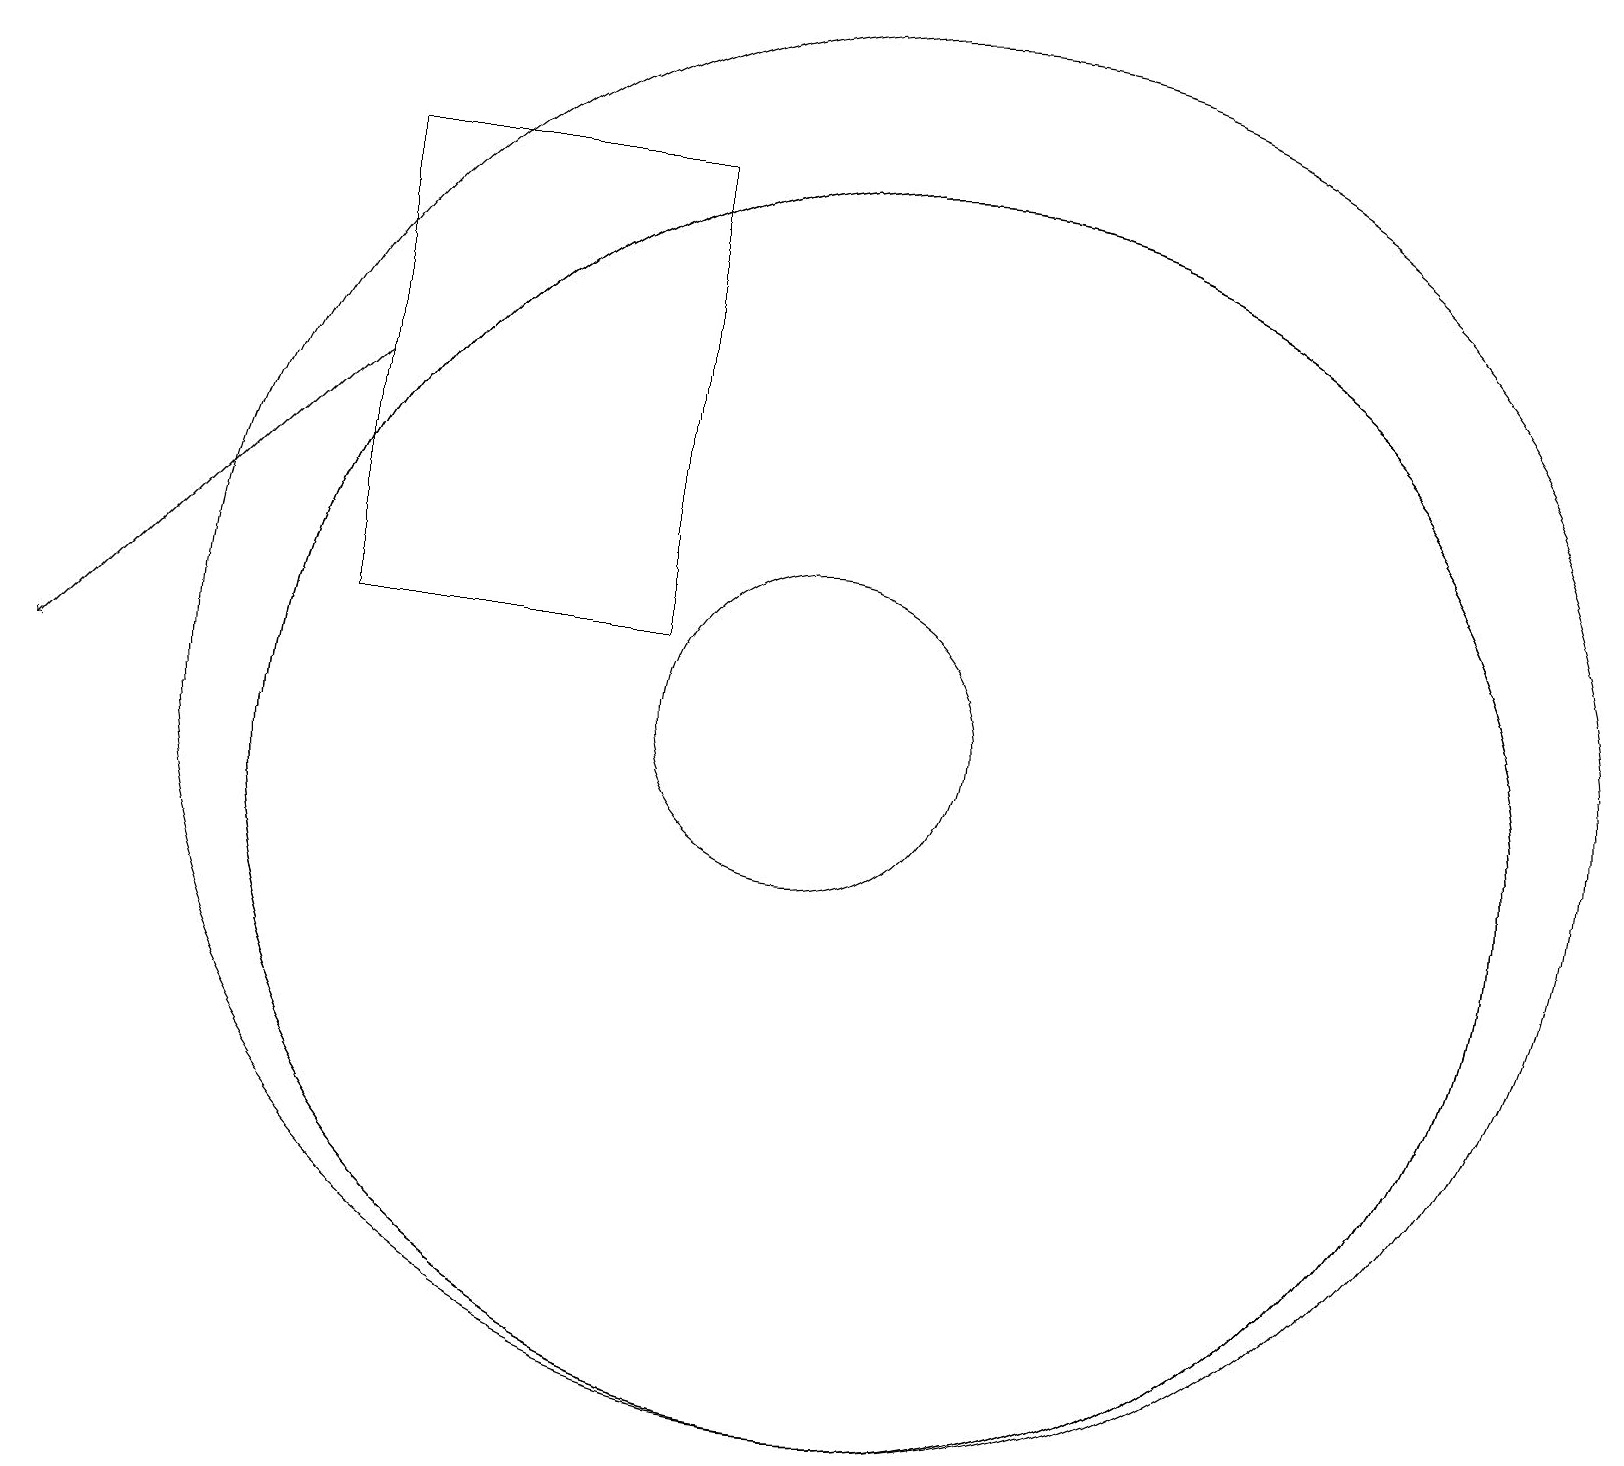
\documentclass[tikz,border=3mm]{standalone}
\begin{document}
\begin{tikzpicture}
\draw (4,12) rectangle (8,18);
\draw (11,10) circle (8);
\draw (10,11) circle (2);
\draw (11,10) circle (8);
\draw (11,11) circle (9);
\draw[->] (4,15) -- (0,11);
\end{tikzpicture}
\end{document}